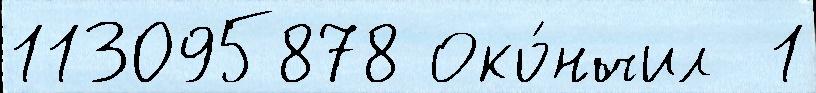
113095878 Око́нчил  1